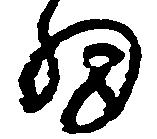
細